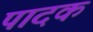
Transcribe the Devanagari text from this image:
पादक